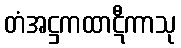
တံအဋ္ဌကထာဋီကာသု